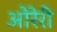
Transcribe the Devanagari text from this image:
ओरेरी